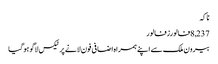
ناکہ
8,237فالورزفالور
بیرون ملک سے اپنے ہمراہ اضافی فون لانے پر ٹیکس لاگو ہو گیا